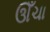
ઊઁચા